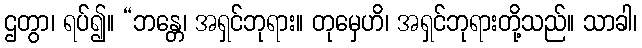
ဌတွာ၊ ရပ်၍။ “ဘန္တေ၊ အရှင်ဘုရား။ တုမှေဟိ၊ အရှင်ဘုရားတို့သည်။ သာခါ၊